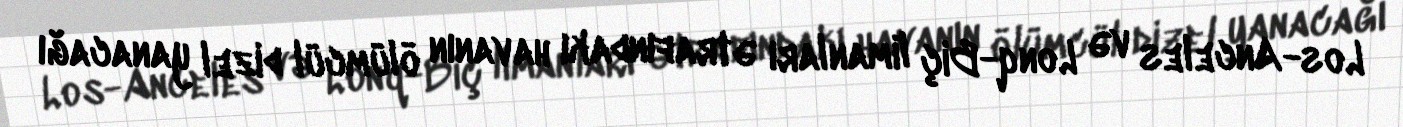
Los-Anceles və Lonq-Biç limanları ətrafındakı havanın ölümcül dizel yanacağı